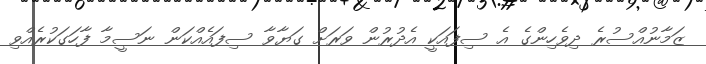
ޒަމާނުއްސުރެ ދިވެހިންގެ އެ ސިފައަކީ އެދުރުން ވަރަށް ގަޔާވާ ސިފައެއްކަން ނަސީމާ ފާހަގަކުރެއްވި